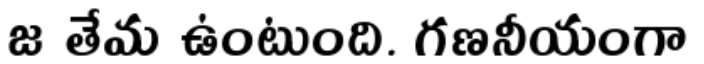
జ తేమ ఉంటుంది. గణనీయంగా